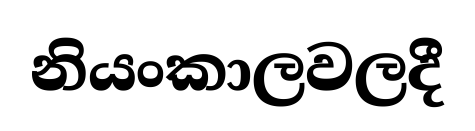
නියංකාලවලදී